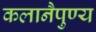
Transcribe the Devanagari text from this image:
कलानैपुण्य